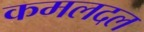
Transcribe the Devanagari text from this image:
कमलदल